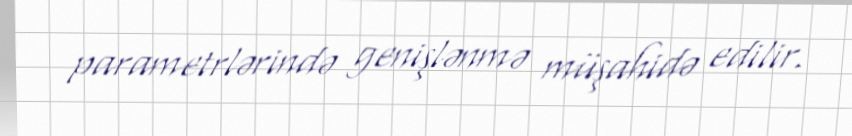
parametrlərində genişlənmə müşahidə edilir.